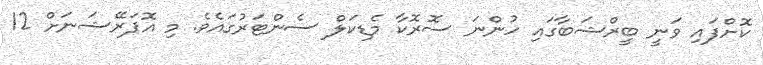
ކޮށްފައި ވަނީ ބީރްޝަބާގައި ހުންނަ ސޮރޮކާ މެޑިކަލް ސެންޓަރުގައެވެ. މި އޮޕަރޭޝަނަށް 12